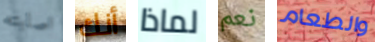
اصابته أنك لماذا نعم والطعام